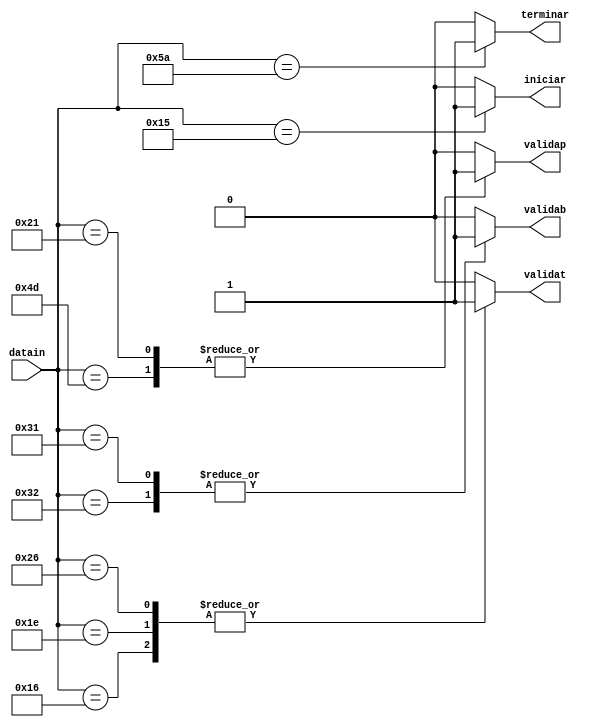
`timescale 1ns / 1ps
//////////////////////////////////////////////////////////////////////////////////
// Company: 
// Engineer: 
// 
// Design Name: 
// Module Name:    Validacion 
// Project Name: 
// Target Devices: 
// Tool versions: 
// Description: 
//
// Dependencies: 
//
// Revision: 
// Revision 0.01 - File Created
// Additional Comments: 
//
//////////////////////////////////////////////////////////////////////////////////
module Validacion(  input wire [7:0] datain, output reg validat,validap,validab,iniciar,terminar
    );
	 
	 
always@(datain)
	begin
							validat=1'b0;
							validap=1'b0;
							validab=1'b0;
							iniciar=1'b0;
							terminar=1'b0;
				case(datain)
			    8'h16://1
					begin validat=1'b1; end
				 8'h1E: //2
					begin validat=1'b1; end
				 8'h26: //3
					begin validat=1'b1; end
				 8'h4D: //p1
					begin validap=1'b1; end
				 8'h21: //c=p0
					begin validap=1'b1; end
				 8'h32: //b1
					begin validab=1'b1; end
				 8'h31: //n=b0 
					begin validab=1'b1; end 
				 8'h5A: //terminar=enter
					begin terminar=1'b1; end
				 8'h15: //iniciar=q
					begin iniciar=1'b1;	end
		
				default: begin 
							validat=1'b0;
							validap=1'b0;
							validab=1'b0;
							iniciar=1'b0;
							terminar=1'b0;
							end
				endcase
		
	
	end


endmodule